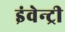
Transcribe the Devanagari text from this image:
इंवेन्ट्री